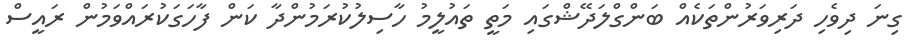
ގިނަ ދިވެހި ދަރިވަރުންތަކެއް ބަންގްލަދޭޝްގައި މަތީ ތައުލީމު ހާސިލުކުރަމުންދާ ކަން ފާހަގަކުރައްވަމުން ރައީސް